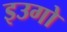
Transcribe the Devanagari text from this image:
इउगो